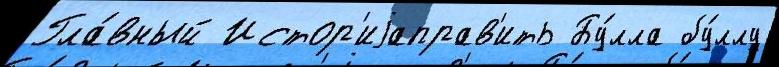
Гла́вный Истор'иjаправ'ить Бу́лла бу́ллу